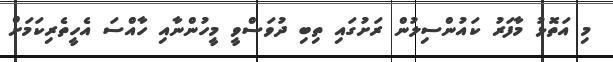
މި އަތޮޅު މާފަރު ކައުންސިލުން ރަށުގައި ތިބި ދުވަސްވީ މީހުންނާއި ހާއްސަ އެހީތެރިކަމަށް